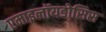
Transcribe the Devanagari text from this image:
एमाइलॉयडोसिस